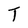
Character: T